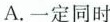
A.一定同时